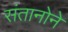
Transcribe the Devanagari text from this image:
संतानोने